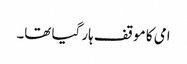
امی کا موقف ہار گیا تھا۔